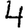
Digit: 4